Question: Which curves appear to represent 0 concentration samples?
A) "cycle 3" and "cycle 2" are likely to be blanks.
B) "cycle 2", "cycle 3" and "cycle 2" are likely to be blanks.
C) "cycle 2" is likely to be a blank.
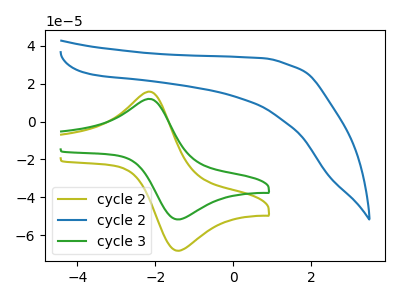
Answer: <think>The olive curve "cycle 2" has an anodic peak at (-2.10V, 15.45uA) and a cathodic peak at (-1.35V, -68.15uA). The blue curve "cycle 2" has no peaks. The green curve "cycle 3" has an anodic peak at (-2.10V, 11.70uA) and a cathodic peak at (-1.35V, -51.65uA).</think>
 <answer>C) "cycle 2" is likely to be a blank.</answer>
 <eval>C</eval>